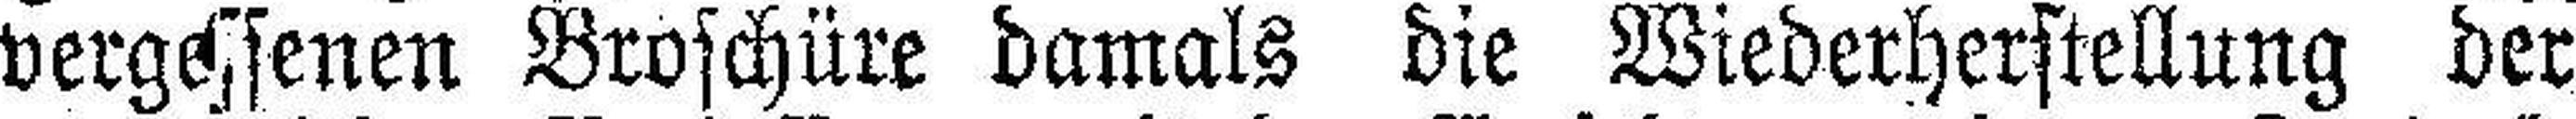
vergessenen Broschüre damals die Wiederherstellung der